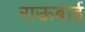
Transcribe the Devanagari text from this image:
राऊबाई